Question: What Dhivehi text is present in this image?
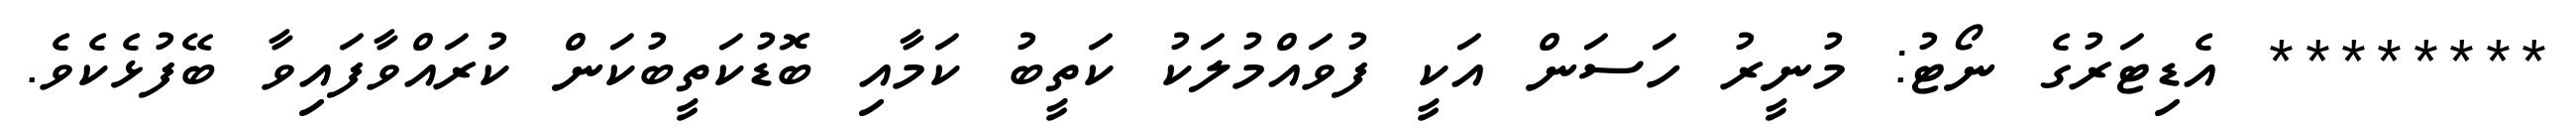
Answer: ******** އެޑިޓަރުގެ ނޯޓު: މުނީރު ހަސަން އަކީ ފުވައްމުލަކު ކަތީބު ކަމާއި ބޮޑުކަތީބުކަން ކުރައްވާފައިވާ ބޭފުޅެކެވެ.